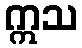
ဣသ